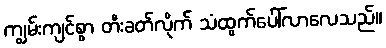
ကျွမ်းကျင်စွာ တီးခတ်လိုက် သံထွက်ပေါ်လာလေသည်။